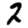
Digit: 2